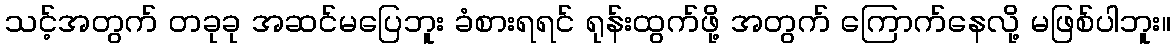
သင့်အတွက် တခုခု အဆင်မပြေဘူး ခံစားရရင် ရုန်းထွက်ဖို့ အတွက် ကြောက်နေလို့ မဖြစ်ပါဘူး။